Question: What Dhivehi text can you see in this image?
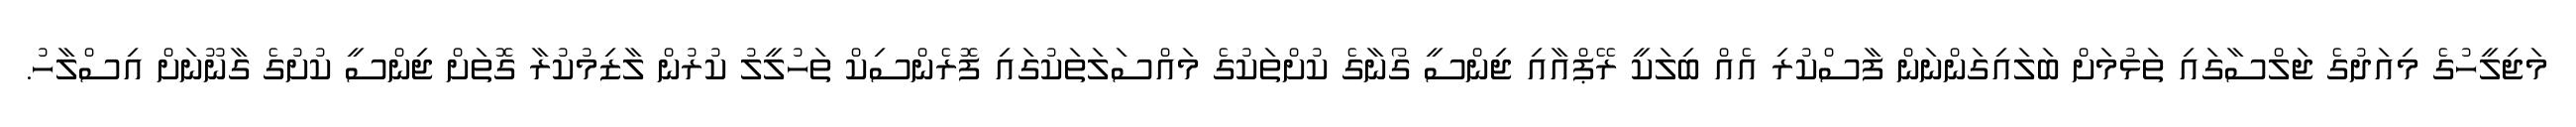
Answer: މަޖިލީހުގެ މިއަދުގެ ޖަލްސާގައި ތަޅުމަށް ބަލައިގަންނަން ފާސްކުރި އެއް ބިލަކީ ރޭޕްއާއި ޖިންސީ ގޯނާގެ ކުށްތަކުގެ މައްސަލަތަކުގައި ފޮރެންސިކް ތަހުލީލު ކުރުން ލާޒިމުކުރާ ގޮތަށް ޖިންސީ ކުށުގެ ގާނޫނަށް އިސްލާހު.